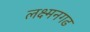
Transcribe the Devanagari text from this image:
लक्ष्मनगढ